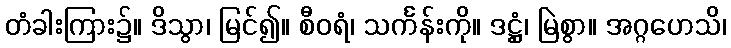
တံခါးကြား၌။ ဒိသွာ၊ မြင်၍။ စီဝရံ၊ သင်္ကန်းကို။ ဒဋ္ဌှံ၊ မြဲစွာ။ အဂ္ဂဟေသိ၊